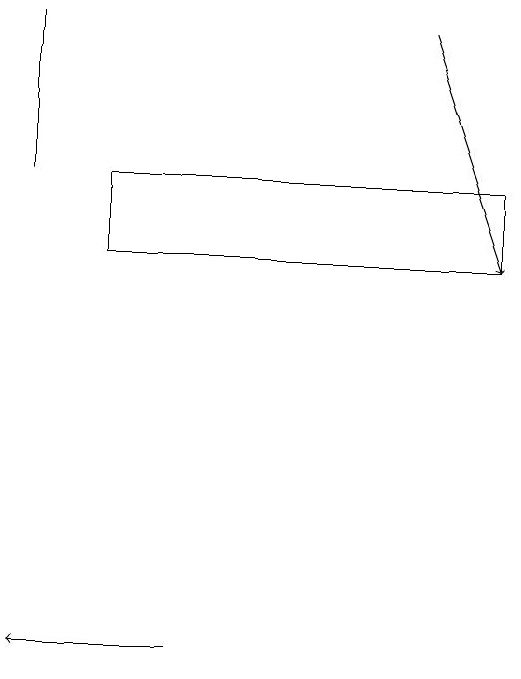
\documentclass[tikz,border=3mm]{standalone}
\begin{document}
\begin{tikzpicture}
\draw (9,17) rectangle (4,16);
\draw[->] (8,19) -- (9,16);
\draw (3,17) rectangle (3,19);
\draw[->] (5,11) -- (3,11);
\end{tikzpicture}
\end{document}